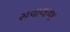
સવાલજ